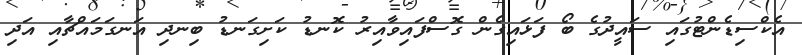
އެކްސިޑެންޓުގައި ސައީދުގެ ބޯ ފަޅައިގެން ގޮސްފައިވާއިރު ކޮނޑު ކަށިގަނޑު ބިނދި އަނގަމައްޗާއި އަދި